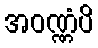
အဝဏ္ဏံပိ